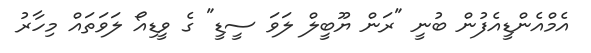
އެމްއެންޑީއެފުން ބުނީ "ރަން ޔޫބީލް ލަވަ ސީޑީ" ގެ ވީޑިއޯ ލަވަތައް މިހާރު